Indian journal of veterinary science and animal husbandry - Volume 6,
Year: 1936
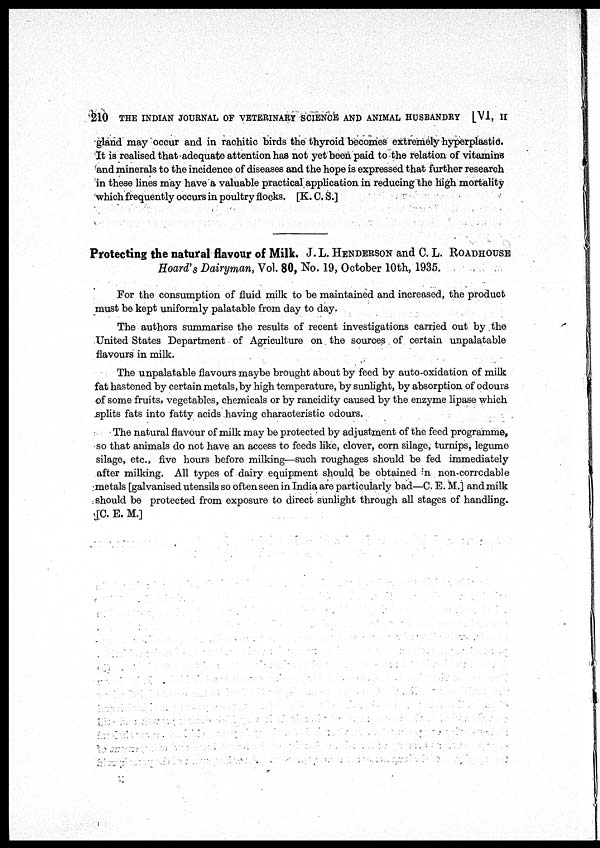
210 THE INDIAN JOURNAL OF VETERINARY SCIENCE AND ANIMAL HUSBANDRY [VI, II
gland may occur and in rachitic birds the thyroid becomes extremely hyperplastic.
It is realised that adequate attention has not yet been paid to the relation of vitamins
and minerals to the incidence of diseases and the hope is expressed that further research
in these lines may have a valuable practical application in reducing the high mortality
which frequently occurs in poultry flocks. [K. C. S.]
Protecting the natural flavour of Milk. J. L. HENDERSON and C. L. ROADHOUSE
Hoard's Dairyman, Vol. 80, No. 19, October 10th, 1935.
For the consumption of fluid milk to be maintained and increased, the product
must be kept uniformly palatable from day to day.
The authors summarise the results of recent investigations carried out by the
United States Department of Agriculture on the sources of certain unpalatable
flavours in milk.
The unpalatable flavours maybe brought about by feed by auto-oxidation of milk
fat hastened by certain metals, by high temperature, by sunlight, by absorption of odours
of some fruits, vegetables, chemicals or by rancidity caused by the enzyme lipase which
splits fats into fatty acids having characteristic odours.
The natural flavour of milk may be protected by adjustment of the feed programme,
so that animals do not have an access to feeds like, clover, corn silage, turnips, legume
silage, etc., five hours before milking—such roughages should be fed immediately
after milking. All types of dairy equipment should be obtained n non-corrcdable
metals [galvanised utensils so often seen in India are particularly bad—C. E. M.] and milk
should be protected from exposure to direct sunlight through all stages of handling.
[C. E. M.]